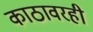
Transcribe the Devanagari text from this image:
काठावरही